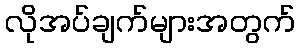
လိုအပ်ချက်များအတွက်